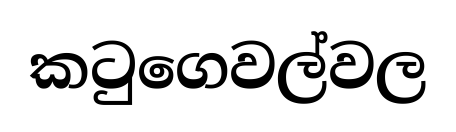
කටුගෙවල්වල